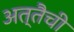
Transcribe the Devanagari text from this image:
अत्तैची